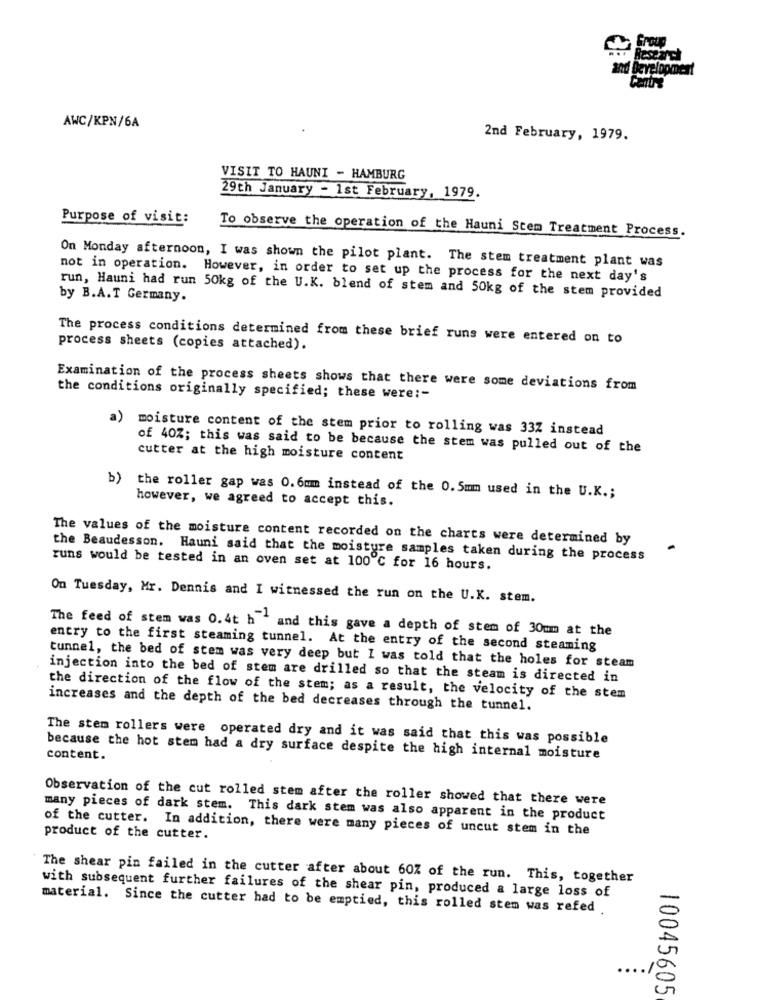
Group
and Development
Centre
AWC/KPN/6A
2nd February, 1979.
VISIT TO HAUNI - HAMBURG
29th January - 1st February, 1979.
Purpose of visit:
To observe the operation of the Hauni Stem Treatment Process.
On Monday afternoon, I was shown the pilot plant. The stem treatment plant was
not in operation. However, in order to set up the process for the next day's
by B.A.T Germany.
run, Hauni had run 50kg of the U.K. blend of stem and 50kg of the stem provided
The process conditions determined from these brief runs were entered on to
process sheets (copies attached).
Examination of the process sheets shows that there were some deviations from
the conditions originally specified; these were :-
a)
moisture content of the stem prior to rolling was 33Z instead
of 40%; this was said to be because the stem was pulled out of the
cutter at the high moisture content
b)
the roller gap was 0.6mm instead of the 0.5mm used in the U.K .;
however, we agreed to accept this.
The values of the moisture content recorded on the charts were determined by
-
the Beaudesson. Hauni said that the moisture samples taken during the process
runs would be tested in an oven set at 100 ℃ for 16 hours.
On Tuesday, Mr. Dennis and I witnessed the run on the U.K. stem.
The feed of stem was 0.4t h ' and this gave a depth of stem of 30mm at the
entry to the first steaming tunnel. At the entry of the second steaming
tunnel, the bed of stem was very deep but I was told that the holes for steam
injection into the bed of stem are drilled so that the steam is directed in
the direction of the flow of the stem; as a result, the velocity of the stem
increases and the depth of the bed decreases through the tunnel.
The stem rollers were operated dry and it was said that this was possible
because the hot stem had a dry surface despite the high internal moisture
content.
Observation of the cut rolled stem after the roller showed that there were
many pieces of dark stem. This dark stem was also apparent in the product
of the cutter. In addition, there were many pieces of uncut stem in the
product of the cutter.
The shear pin failed in the cutter after about 60% of the run. This, together
with subsequent further failures of the shear pin, produced a large loss of
material. Since the cutter had to be emptied, this rolled stem was refed
..
10045605